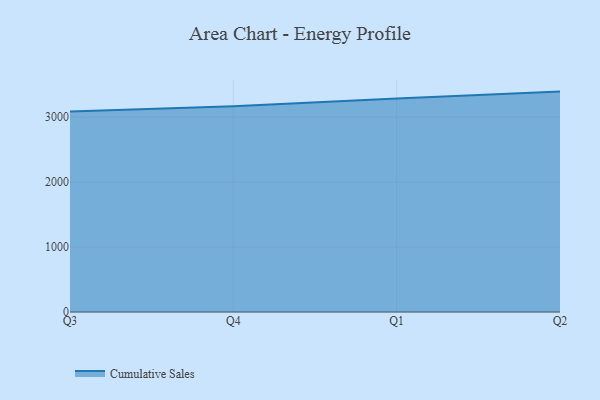
{"axis": {"x": "Quarter", "y": "Headcount"}, "legend": ["Cumulative Sales"], "data": [{"x": "Q3", "y": 3085.1, "type": "Cumulative Sales"}, {"x": "Q4", "y": 3168.8, "type": "Cumulative Sales"}, {"x": "Q1", "y": 3287.0, "type": "Cumulative Sales"}, {"x": "Q2", "y": 3392.5, "type": "Cumulative Sales"}]}